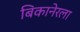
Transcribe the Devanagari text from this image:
बिकानेरला